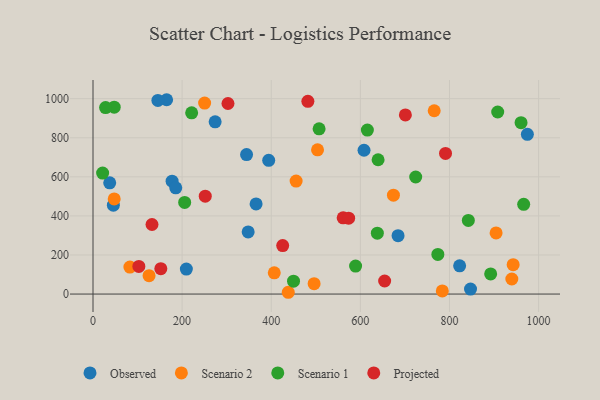
{"axis": {"x": "Price", "y": "Yield"}, "legend": ["Observed", "Projected", "Scenario 1", "Scenario 2"], "data": [{"x": "394.3", "y": 684.5, "type": "Observed"}, {"x": "165.2", "y": 994.7, "type": "Observed"}, {"x": "37.5", "y": 569.2, "type": "Observed"}, {"x": "274.1", "y": 881.6, "type": "Observed"}, {"x": "177.5", "y": 578.0, "type": "Observed"}, {"x": "185.7", "y": 543.8, "type": "Observed"}, {"x": "974.8", "y": 817.7, "type": "Observed"}, {"x": "45.7", "y": 454.7, "type": "Observed"}, {"x": "822.8", "y": 144.6, "type": "Observed"}, {"x": "847.2", "y": 25.6, "type": "Observed"}, {"x": "145.6", "y": 991.1, "type": "Observed"}, {"x": "684.6", "y": 298.7, "type": "Observed"}, {"x": "348.2", "y": 317.8, "type": "Observed"}, {"x": "608.2", "y": 736.0, "type": "Observed"}, {"x": "209.5", "y": 127.6, "type": "Observed"}, {"x": "344.6", "y": 714.1, "type": "Observed"}, {"x": "366.0", "y": 461.2, "type": "Observed"}, {"x": "455.8", "y": 578.3, "type": "Scenario 2"}, {"x": "82.8", "y": 137.9, "type": "Scenario 2"}, {"x": "47.6", "y": 486.8, "type": "Scenario 2"}, {"x": "438.2", "y": 9.1, "type": "Scenario 2"}, {"x": "503.9", "y": 738.1, "type": "Scenario 2"}, {"x": "674.2", "y": 506.3, "type": "Scenario 2"}, {"x": "496.2", "y": 53.2, "type": "Scenario 2"}, {"x": "939.9", "y": 77.0, "type": "Scenario 2"}, {"x": "904.6", "y": 312.7, "type": "Scenario 2"}, {"x": "406.8", "y": 108.7, "type": "Scenario 2"}, {"x": "783.9", "y": 16.1, "type": "Scenario 2"}, {"x": "765.7", "y": 938.2, "type": "Scenario 2"}, {"x": "125.8", "y": 93.9, "type": "Scenario 2"}, {"x": "250.5", "y": 977.3, "type": "Scenario 2"}, {"x": "942.9", "y": 150.6, "type": "Scenario 2"}, {"x": "205.7", "y": 468.8, "type": "Scenario 1"}, {"x": "21.6", "y": 619.1, "type": "Scenario 1"}, {"x": "773.9", "y": 202.7, "type": "Scenario 1"}, {"x": "507.4", "y": 845.6, "type": "Scenario 1"}, {"x": "638.1", "y": 311.5, "type": "Scenario 1"}, {"x": "960.6", "y": 877.0, "type": "Scenario 1"}, {"x": "892.4", "y": 102.9, "type": "Scenario 1"}, {"x": "221.4", "y": 927.7, "type": "Scenario 1"}, {"x": "47.6", "y": 956.7, "type": "Scenario 1"}, {"x": "908.2", "y": 931.8, "type": "Scenario 1"}, {"x": "450.0", "y": 65.8, "type": "Scenario 1"}, {"x": "28.2", "y": 954.3, "type": "Scenario 1"}, {"x": "842.3", "y": 376.8, "type": "Scenario 1"}, {"x": "639.8", "y": 687.5, "type": "Scenario 1"}, {"x": "966.5", "y": 459.4, "type": "Scenario 1"}, {"x": "589.3", "y": 143.4, "type": "Scenario 1"}, {"x": "615.7", "y": 839.4, "type": "Scenario 1"}, {"x": "724.2", "y": 599.1, "type": "Scenario 1"}, {"x": "132.4", "y": 356.1, "type": "Projected"}, {"x": "251.9", "y": 501.0, "type": "Projected"}, {"x": "482.2", "y": 986.4, "type": "Projected"}, {"x": "654.5", "y": 66.7, "type": "Projected"}, {"x": "561.4", "y": 390.0, "type": "Projected"}, {"x": "302.9", "y": 975.4, "type": "Projected"}, {"x": "701.0", "y": 916.7, "type": "Projected"}, {"x": "102.9", "y": 141.4, "type": "Projected"}, {"x": "573.7", "y": 388.2, "type": "Projected"}, {"x": "152.2", "y": 130.0, "type": "Projected"}, {"x": "425.7", "y": 248.2, "type": "Projected"}, {"x": "791.1", "y": 720.0, "type": "Projected"}]}